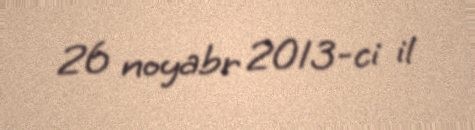
26 noyabr 2013-ci il